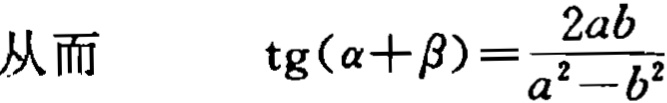
从而 \[ \operatorname{tg}(\alpha + \beta)=\frac{2ab}{a^{2}-b^{2}} \]